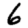
Digit: 6